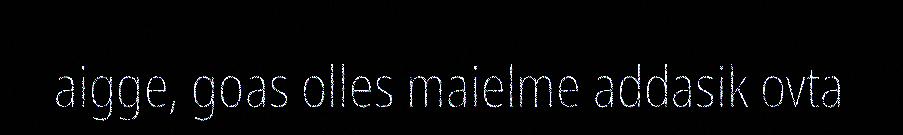
aigge, goas olles maielme addasik ovta